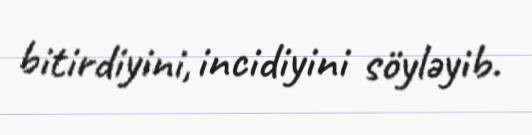
bitirdiyini, incidiyini söyləyib.